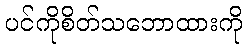
ပင်ကိုစိတ်သဘောထားကို